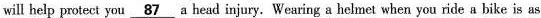
will help protect you \underline{87} a head injury. Wearing a helmet when you ride a bike is as